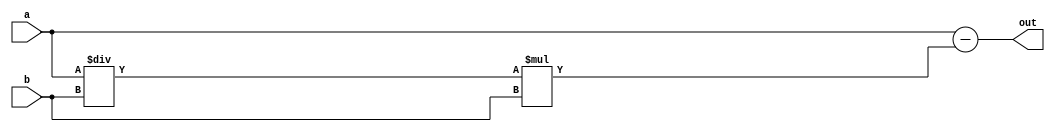
/*
   This file was generated automatically by Alchitry Labs version 1.2.7.
   Do not edit this file directly. Instead edit the original Lucid source.
   This is a temporary file and any changes made to it will be destroyed.
*/

module modulus_24 (
    input [15:0] a,
    input [15:0] b,
    output reg [15:0] out
  );
  
  
  
  always @* begin
    out = a - ((a / b) * b);
  end
endmodule